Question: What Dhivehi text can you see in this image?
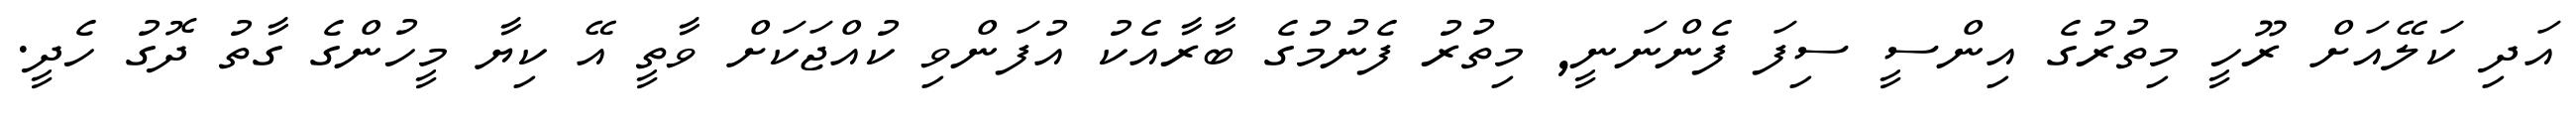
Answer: އަދި ކަލޭއަށް ރޫހީ މިތުރުގެ އިންސީ ސިފަ ފެންނަނީ, މިތުރު ފެނުމުގެ ބާރާއެކު އުފަންވި ކުއްޖަކަށް ވާތީ އޭ ކިޔާ މީހުންގެ ގާތު ދޮގު ހެދީ.